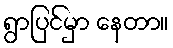
ရွာပြင်မှာ နေတာ။